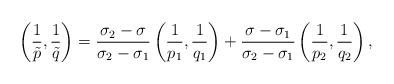
LaTeX: \begin{align*} \left(\frac{1}{\tilde{p}},\frac{1}{\tilde{q}}\right) = \frac{\sigma_2 -\sigma}{\sigma_2 -\sigma_1} \left(\frac{1}{p_1}, \frac{1}{q_1}\right) + \frac{\sigma -\sigma_1}{\sigma_2 -\sigma_1}\left(\frac{1}{p_2}, \frac{1}{q_2}\right),\end{align*}